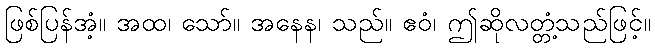
ဖြစ်ပြန်အံ့။ အထ၊ သော်။ အနေန၊ သည်။ ဧဝံ၊ ဤဆိုလတ္တံ့သည်ဖြင့်။